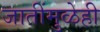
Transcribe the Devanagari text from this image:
जातींमुळेही